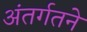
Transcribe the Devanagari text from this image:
अंतर्गतने